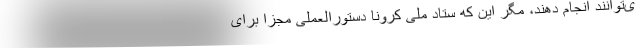
ی‌توانند انجام دهند، مگر این که ستاد ملی کرونا دستورالعملی مجزا برای